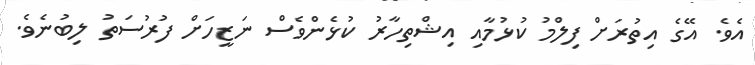
އެވެ. އޭގެ އިތުރަށް ފިލްމު ކުޅުމާއި އިޝްތިހާރު ކުޅެންވެސް ނަޒީހަށް ފުުރުސަތު ލިބުނެވެ.